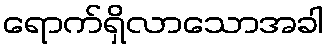
ရောက်ရှိလာသောအခါ